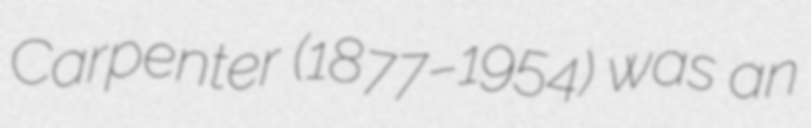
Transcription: Carpenter (1877–1954) was an